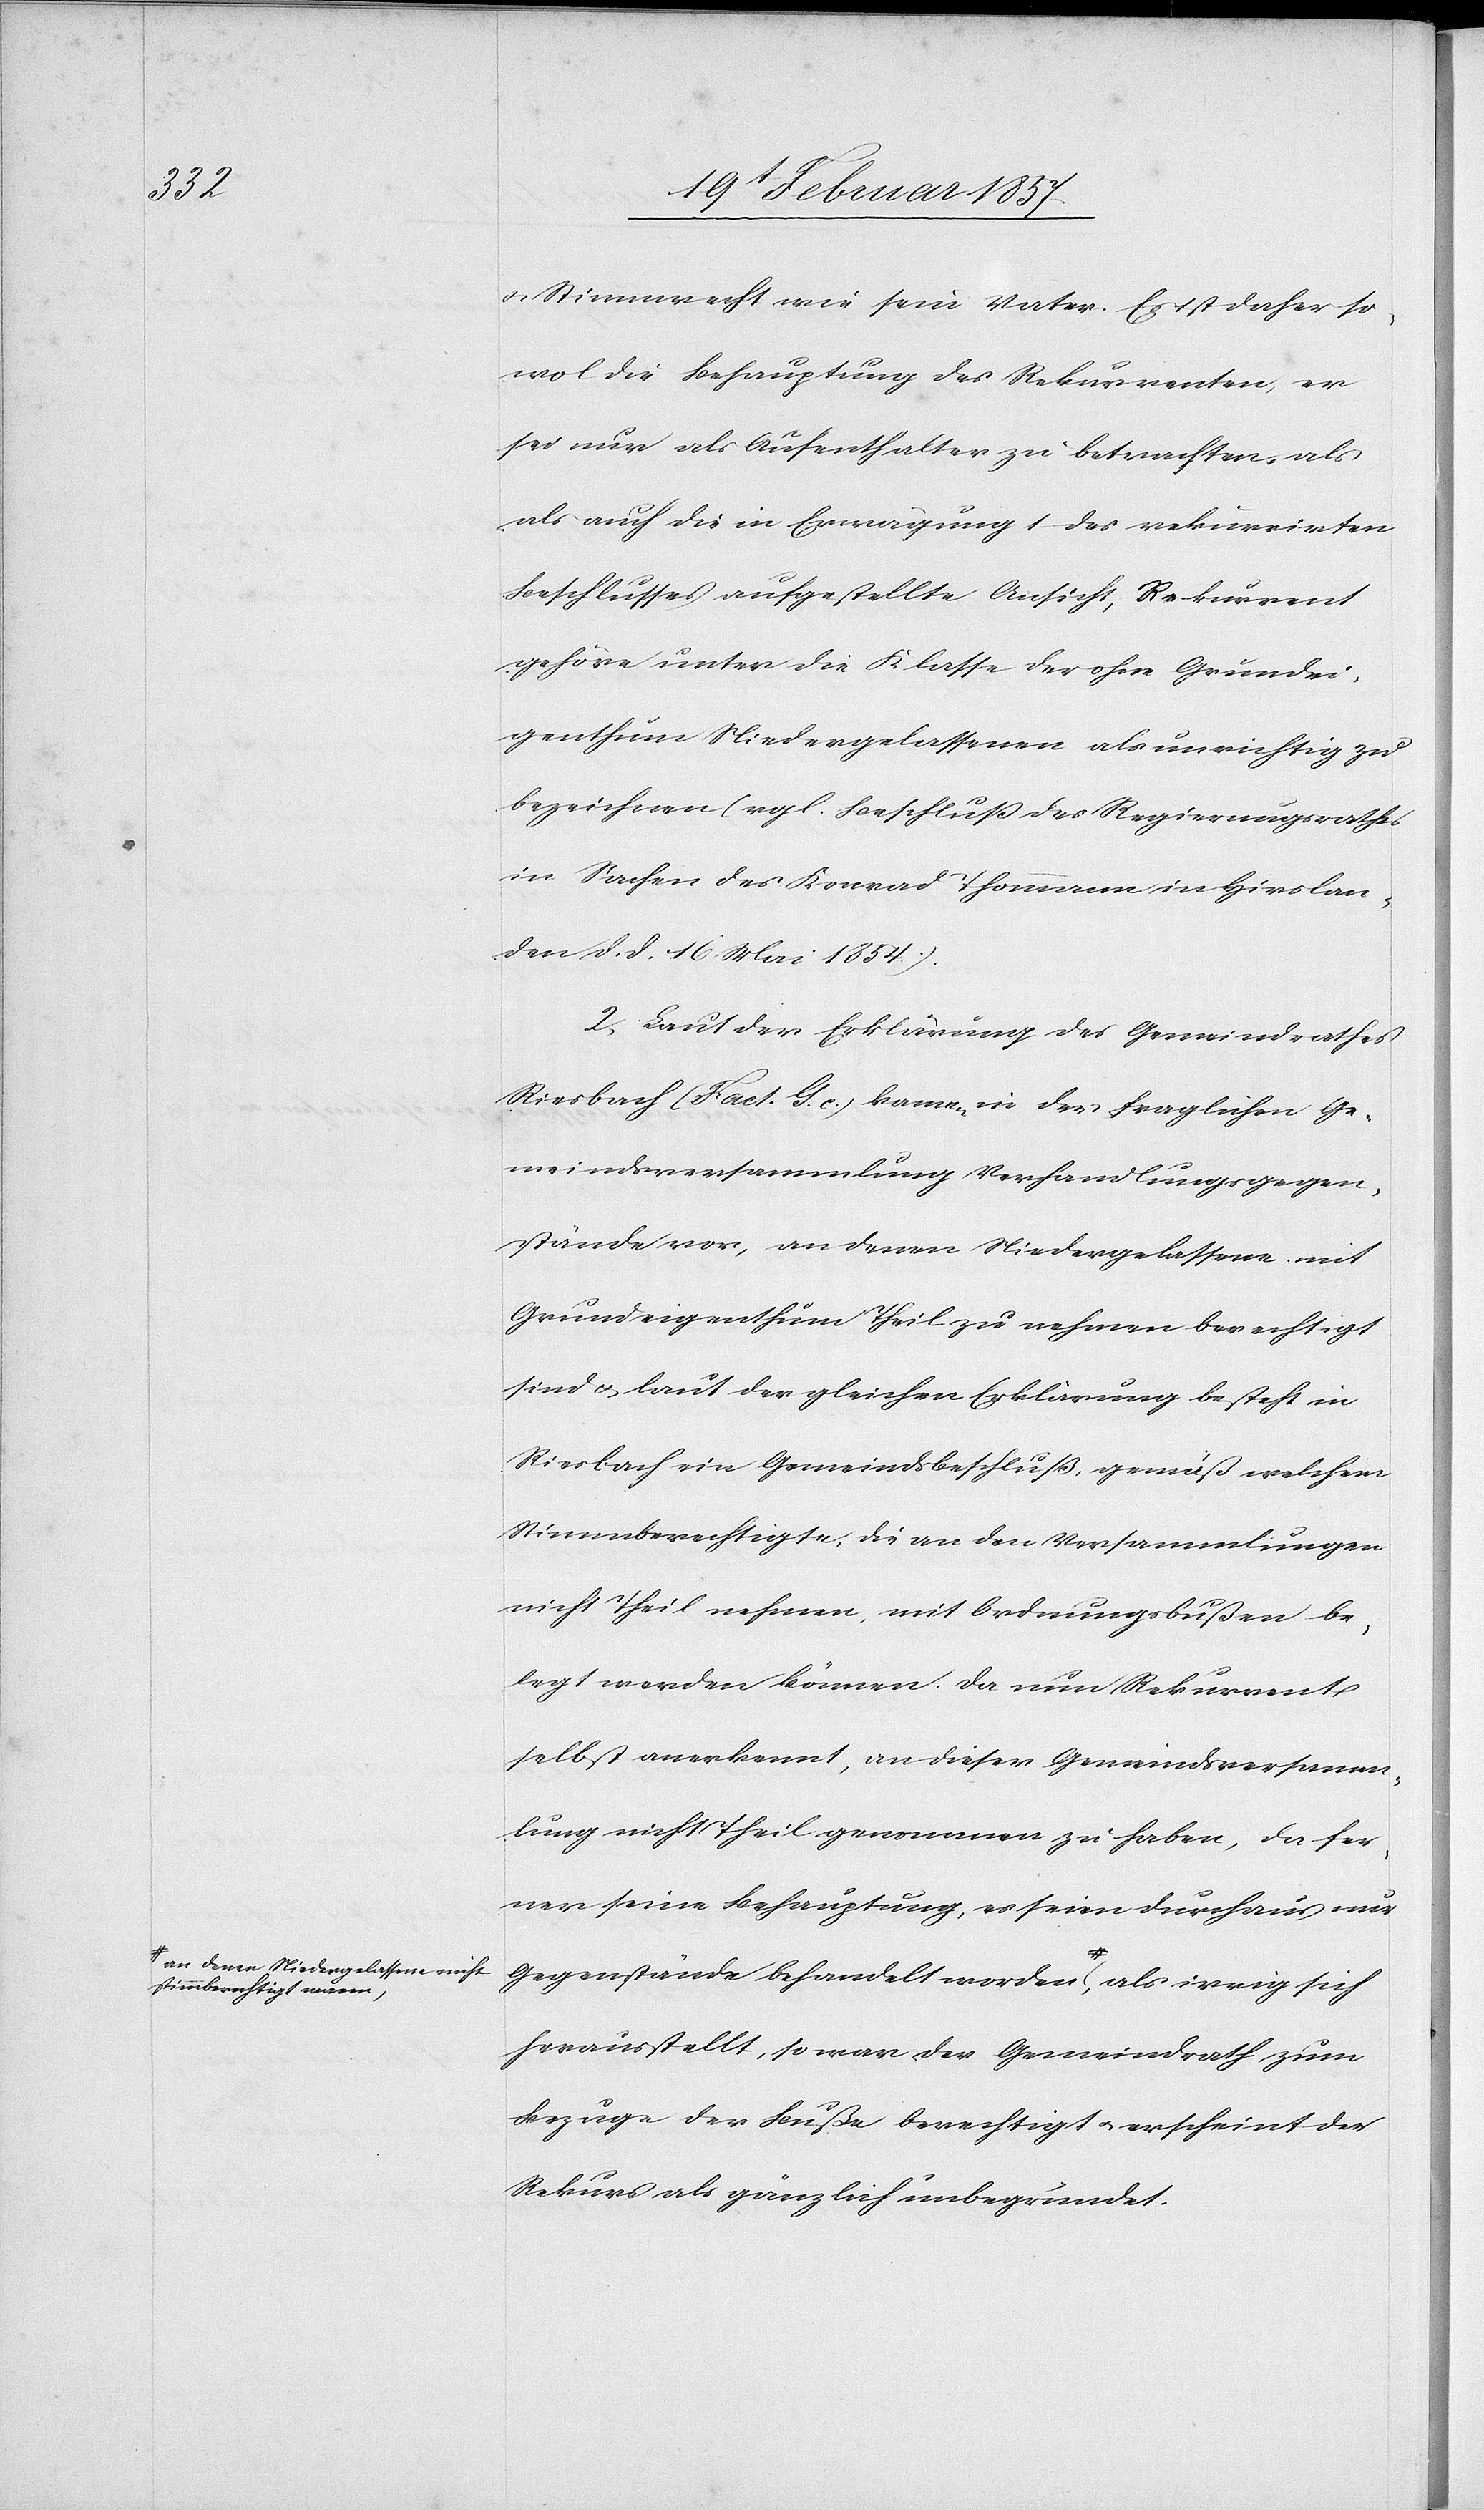
sich

stimmberechtig waren,-a

u. Stimmrecht wie sein Vater. Es ist daher so¬
wol die Behauptung des Rekurrenten, er
sei nur als Aufenthalter zu betrachten, als
auch die in Erwägung 1 des rekurrirten
Beschlusses aufgestellte Ansicht, Rekurrent
gehöre unter die Klasse der ohne Grundei¬
genthum Niedergelassenen als unrichtig zu
bezeichnen (vgl. Beschluß des Regierungsrathes
in Sachen des Konrad Thommann in Hirslan¬
den d. d. 16 Mai 1854).
2. Laut der Erklärung des Gemeindrathes
Riesbach (Fact. G. c.) kamen in der fraglichen Ge¬
meindsversammlung Verhandlungsgegen¬
stände vor, an denen Niedergelassene mit
Grundeigenthum Theil zu nehmen berechtigt
sind u. laut der gleichen Erklärung besteht in
Riesbach ein Gemeindsbeschluß, gemäß welchem
Stimmberechtigte, die an den Versammlungen
nicht Theil nehmen, mit Ordnungsbußen be¬
legt werden können. Da nun Rekurrent
selbst anerkennt, an dieser Gemeindsversamm¬
lung nicht Theil genommen zu haben, da fer¬
ner seine Behauptung, es seien durchaus nur
Gegenstände behandelt worden, a-an denen Nie¬
herausstellt, so war der Gemeindrath zum
Bezuge der Buße berechtigt u. erscheint der
Rekurs als gänzlich unbegründet.